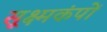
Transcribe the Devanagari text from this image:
सूक्ष्मकंपों